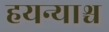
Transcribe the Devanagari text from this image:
हयन्याश्च